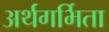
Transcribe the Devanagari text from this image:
अर्थगर्भिता